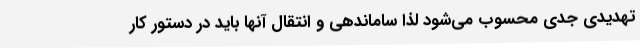
تهدیدی جدی محسوب می‌شود لذا ساماندهی و انتقال آنها باید در دستور کار